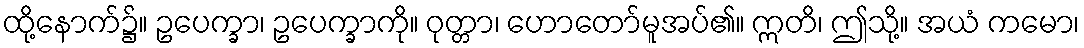
ထို့နောက်၌။ ဥပေက္ခာ၊ ဥပေက္ခာကို။ ဝုတ္တာ၊ ဟောတော်မူအပ်၏။ ဣတိ၊ ဤသို့။ အယံ ကမော၊